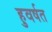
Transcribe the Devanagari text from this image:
हुवर्षत